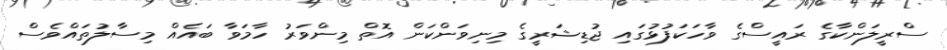
ސްރީލަންކާގެ ރައީސްގެ ވާހަކަފުޅުގައި ޖުޑިޝަރީގެ މިނިވަންކަން އޮތް މިންވަރު ހާމަވާ ބައެއް މިސާލުތައްވެސް